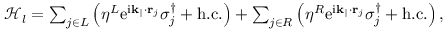
\begin{array} { r } { \mathcal { H } _ { l } = \sum _ { j \in L } \left( \eta ^ { L } \mathrm { e } ^ { \mathrm { i } \mathbf { k } _ { \parallel } \cdot \mathbf { r } _ { j } } \sigma _ { j } ^ { \dagger } + \mathrm { h . c . } \right) + \sum _ { j \in R } \left( \eta ^ { R } \mathrm { e } ^ { \mathrm { i } \mathbf { k } _ { \parallel } \cdot \mathbf { r } _ { j } } \sigma _ { j } ^ { \dagger } + \mathrm { h . c . } \right) , } \end{array}